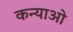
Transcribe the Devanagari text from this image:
कन्याओ